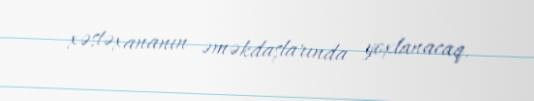
xəstəxananın əməkdaşlarında yoxlanacaq.